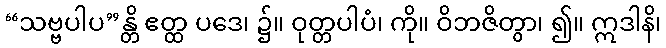
“သဗ္ဗပါပ”န္တိ ဧတ္ထ ပဒေ၊ ၌။ ဝုတ္တပါပံ၊ ကို။ ဝိဘဇိတွာ၊ ၍။ ဣဒါနိ၊